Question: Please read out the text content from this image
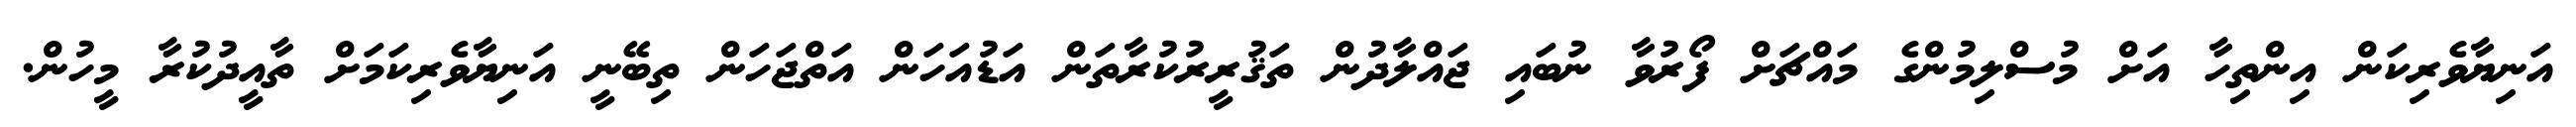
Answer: އަނިޔާވެރިކަން އިންތިހާ އަށް މުސްލިމުންގެ މައްޗަށް ފޯރުވާ ނުބައި ޖައްލާދުން ތަޤުރީރުކުރާތަން އަޑުއަހަން އަތްޖަހަން ތިބޭނީ އަނިޔާވެރިކަމަށް ތާއީދުކުރާ މީހުން.